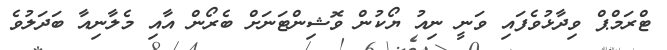
ޓްރަމްޕް ވިދާޅުވެފައި ވަނީ ނިއު ޔޯކުން ވޮޝިންޓަނަށް ބެރޯން އާއި މެލާނިއާ ބަދަލުވެ